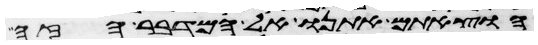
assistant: הוצאתם אתנו אל המדבר הזה